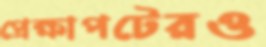
প্রেক্ষাপটেরও